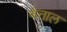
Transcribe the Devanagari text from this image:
बेत्ताल